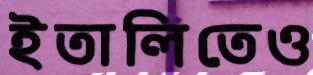
ইতালিতেও